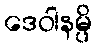
ဒေဝါနမ္ပိ